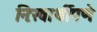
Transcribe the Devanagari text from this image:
निःस्वार्थीपणे